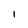
Character: I